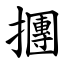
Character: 㩛